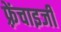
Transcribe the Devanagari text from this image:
फ़्रेंचाइजी